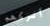
أتركهم